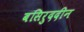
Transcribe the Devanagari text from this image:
बसिरुददीन